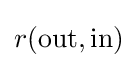
r({\text{out}},{\text{in}})